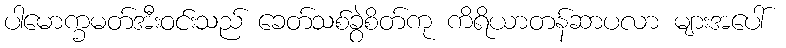
ပါမောက္ခမတ်အီးဝင်းသည် ခေတ်သစ်ခွဲစိတ်ကု ကိရိယာတန်ဆာပလာ များအပေါ်